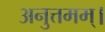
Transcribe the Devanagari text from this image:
अनुत्तमम्‌।